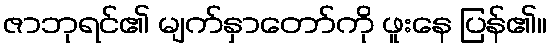
ဇာဘုရင်၏ မျက်နှာတော်ကို ဖူးနေ ပြန်၏။